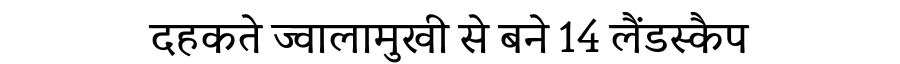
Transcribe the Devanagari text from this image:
दहकते ज्वालामुखी से बने 14 लैंडस्कैप